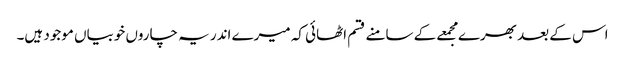
اس کے بعد بھرے مجمعے کے سامنے قسم اٹھائی کہ میرے اندر یہ چاروں خوبیاں موجود ہیں۔